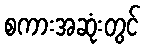
စကားအဆုံးတွင်